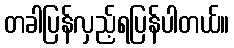
တခါပြန်လှည့်ရပြန်ပါတယ်။